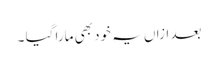
بعد ازاں یہ خود بھی مارا گیا ۔